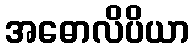
အဓောလိပိယာ